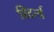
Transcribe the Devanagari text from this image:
रिटर्न्ड